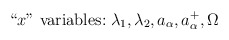
\begin{align*}\mbox{``$x$'' variables:} \; \lambda_1, \lambda_2, a_\alpha, a_\alpha^+, \Omega \end{align*}